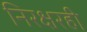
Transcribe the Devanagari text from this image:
निरक्षरही